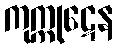
ကုက္ကုဋေန